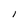
Character: l